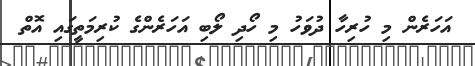
އަހަރެން މި ހުރިހާ ދުވަހު މި ހޯދި ލޯބި އަހަރެންގެ ކުރިމަތީގައި އޮތް